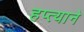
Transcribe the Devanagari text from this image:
हप्त्याने